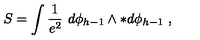
S = \int { \frac { 1 } { e ^ { 2 } } } \ d \phi _ { h - 1 } \wedge * d \phi _ { h - 1 } \ ,